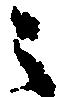
之